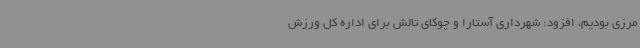
مرزی بودیم، افزود: شهرداری آستارا و چوکای تالش برای اداره کل ورزش